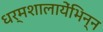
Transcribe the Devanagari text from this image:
धर्मशालायेंभिन्न